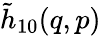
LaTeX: \tilde{h}_{10}(q,p)